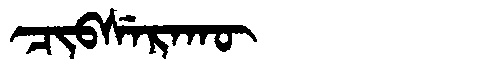
Manchu: ᠴᡳᠪᠰᡝᡵᠠᡴᡡ
Romanization: CIBSERAKŪ